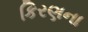
કિરણના